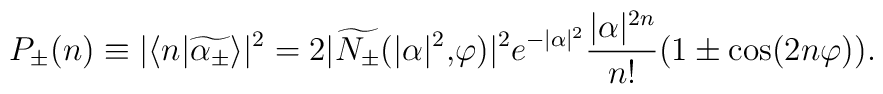
P_{\pm}(n)\equiv |\langle n|\widetilde{\alpha_{\pm}}\rangle|^2 =2|\widetilde{N_{\pm}}(|\alpha|^2\mbox{,}\varphi)|^2 e^{-|\alpha|^2} \frac{|\alpha|^{2n}}{n!}(1\pm\cos(2n\varphi)).